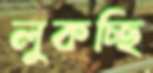
লুকচ্ছি